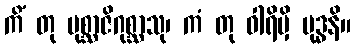
ကိံ တု ပုစ္ဆာဇိဂုစ္ဆာသု၊ ကံ တု ဝါရိမှိ မုဒ္ဓနိ။